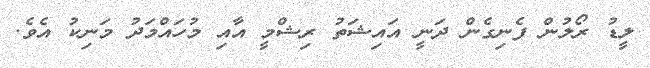
ލީޑު ރޯލުން ފެނިގެން ދަނީ އައިޝަތު ރިޝްމީ އާއި މުހައްމަދު މަނިކު އެވެ.